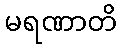
မရဏာတိ